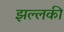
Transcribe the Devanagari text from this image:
झल्लकी